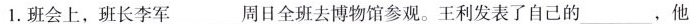
1.班会上，班长李军___周日全班去博物馆参观。王利发表了自己的___，他